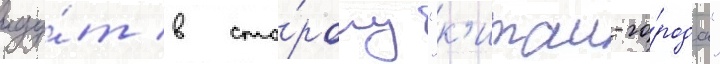
иду́т в сто́рону "к'итаи-го́рода"